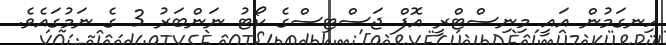
ހިނގަމުން އައީ މިނިސްޓްރީ އޮފް ޖަސްޓިސްގެ ކޯޓު ނަންބަރު 3 ގެ ނަމުގައެވެ.